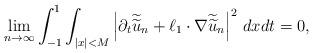
LaTeX: \begin{align*}\lim_{n\to\infty}\int_{-1}^1\int_{|x|<M}\left|\partial_t\widetilde{\widetilde{u}}_n+\ell_1\cdot\nabla \widetilde{\widetilde{u}}_n\right|^2\,dxdt=0,\end{align*}